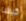
كيشا